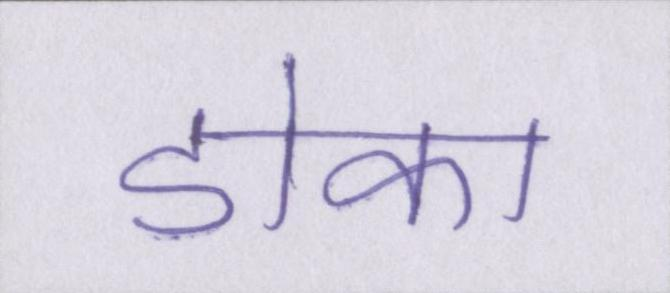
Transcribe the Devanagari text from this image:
डोका